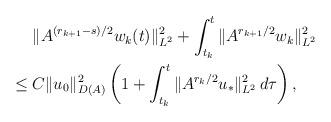
LaTeX: \begin{align*}&\;\|A^{(r_{k+1}-s)/2}w_k(t)\|_{L^2}^2 +\int_{t_k}^{t} \|A^{r_{k+1}/2}w_k\|_{L^2}^2\\\leq &\; C\|u_0\|_{D(A)}^2\left(1+\int_{t_k}^t \|A^{r_k/2}u_*\|_{L^2}^2 \,d\tau\right),\end{align*}